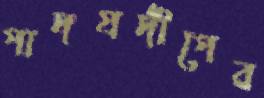
পাদপ্রদীপের